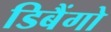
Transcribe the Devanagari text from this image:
डिबैंगो